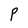
Character: P